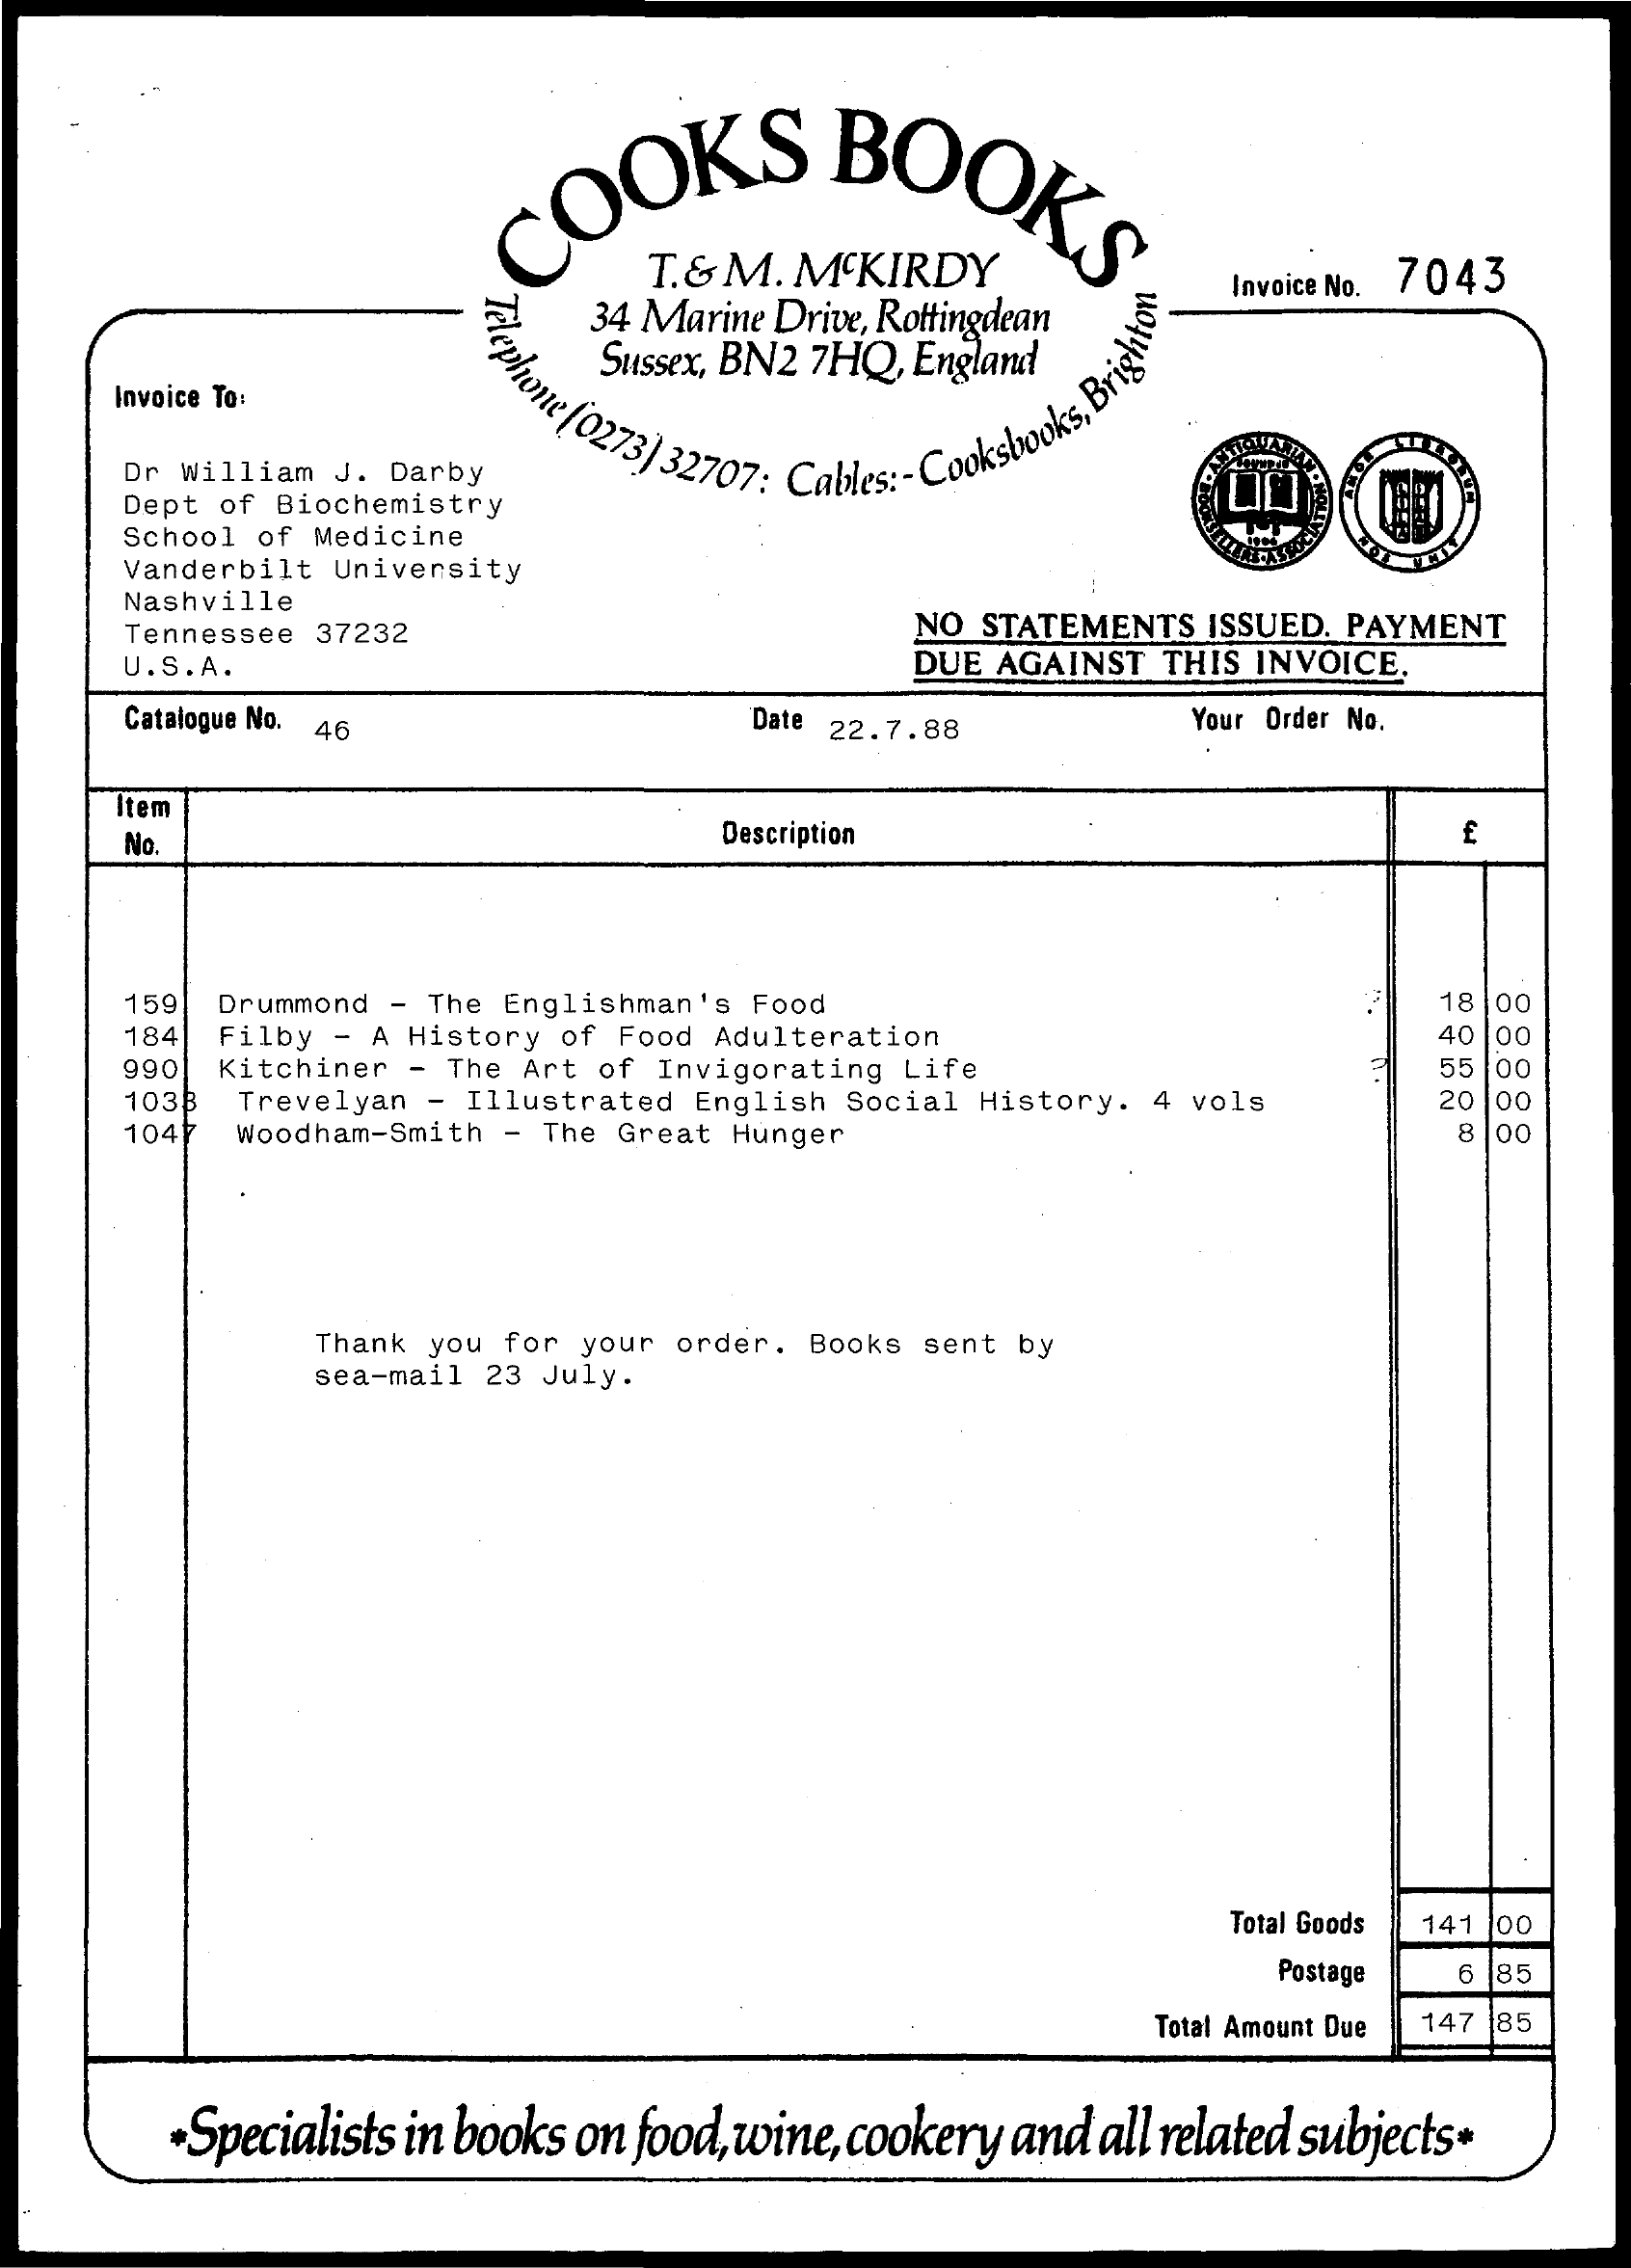
COOKS    BOOKS
     T.& M. McKIRDY
     34 Marine Drive, Rottingdean
     Invoice No. 7043
     ephone
     [0273]
     32707: Cables: -
     Cooksbooks,
     Brightu Sussex, BN2 7HQ, England
     Invoice To:
     Dr William J. Darby
     Dept of Biochemistry
     School of Medicine
     Vanderbilt University
     Nashville
     Tennessee 37232    NO STATEMENTS ISSUED. PAYMENT
     U.S. A.    DUE AGAINST THIS INVOICE.
     Catalogue No. 46    Date 22.7.88    Your Order No.
     Item
     No    Description
     159 Drummond - The Englishman's Food    18 00
     184 Filby - A History of Food Adulteration    40
     990 Kitchiner - The Art of Invigorating Life    55 00
     103 ฿ Trevelyan - Illustrated English Social History. 4 vols 20 00
     1047 Woodham-Smith - The Great Hunger    8 |00
     Thank you for your order. Books sent by
     sea-mail 23 July.
     Total Goods 141 |00
     Postage 6 85
     Total Amount Due 147 185
     +Specialists in books on food, wine, cookery and all related subjects*